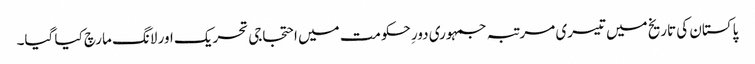
پاکستان کی تاریخ میں تیسری مرتبہ جمہوری دورِ حکومت میں احتجاجی تحریک اور لانگ مارچ کیا گیا۔